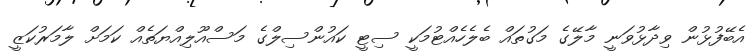
އެބޭފުޅުން ވިދާޅުވަނީ މާލޭގެ މަގުތައް ބެލެހެއްޓުމަކީ ސިޓީ ކައުންސިލްގެ މަސްއޫލިއްޔަތެއް ކަމަށް ލާމަރުކަޒީ